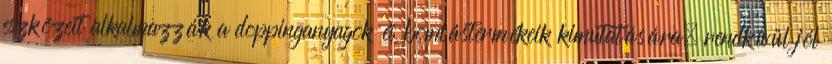
eszközeit alkalmazzák a doppinganyagok és bomlástermékeik kimutatására, rendkívül jól